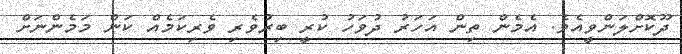
ދޫކޮށްލަންވީއެވެ. އެމެން ތިން އަހަރު ދުވަހު ކުރީ ބިރުވެރި ވެރިކަމެއް ކަން މަމެންނަށް